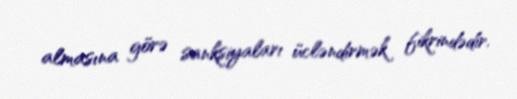
almasına görə sanksiyaları ücləndirmək fikrindədir.